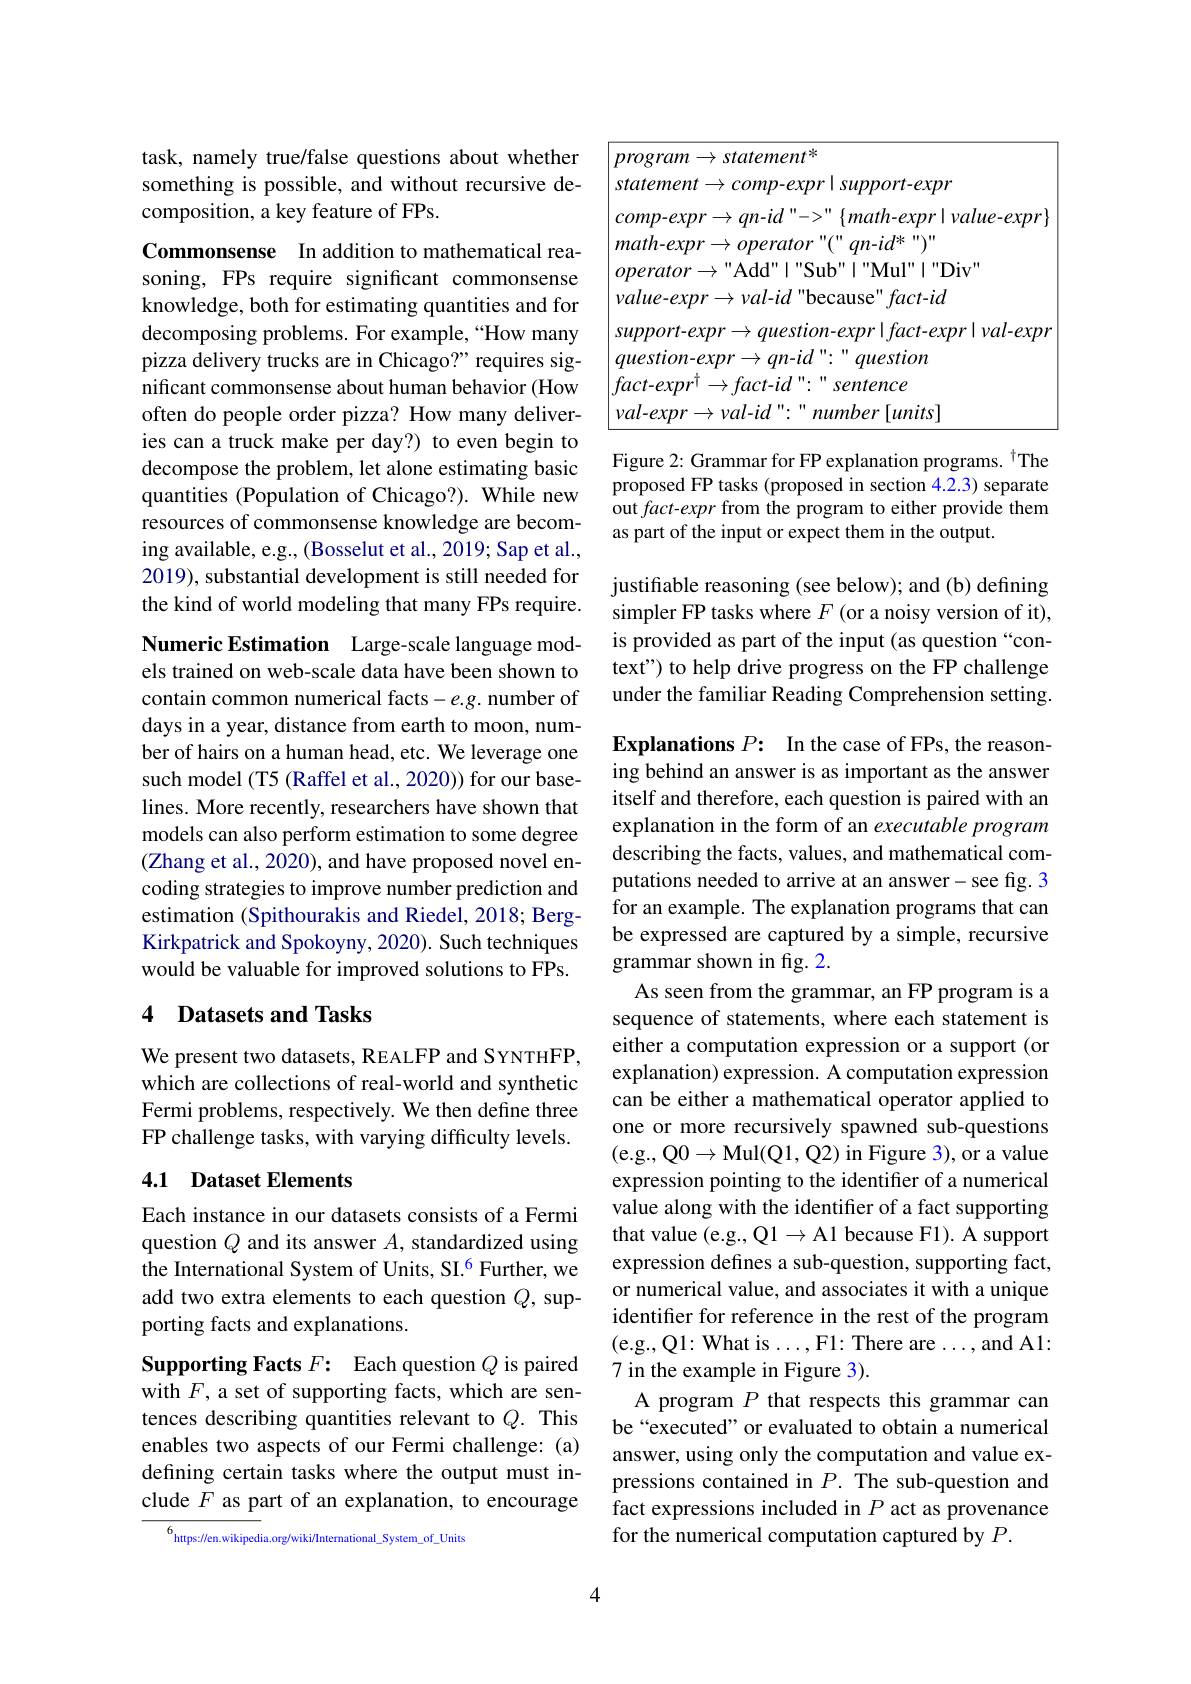
task, namely true/false questions about whether something is possible, and without recursive decomposition, a key feature of FPs.

Commonsense In addition to mathematical reasoning, FPs require significant commonsense knowledge, both for estimating quantities and for decomposing problems. For example,“How many pizza delivery trucks are in Chicago?" requires significant commonsense about human behavior (How often do people order pizza? How many deliveries can a truck make per day?) to even begin to decompose the problem, let alone estimating basic quantities (Population of Chicago?). While new resources of commonsense knowledge are becoming available, e.g., (Bosselut et al., 2019; Sap et al., 2019), substantial development is still needed for the kind of world modeling that many FPs require. Numeric Estimation Large-scale language models trained on web-scale data have been shown to contain common numerical facts-e.g. number of days in a year, distance from earth to moon, number of hairs on a human head, etc. We leverage one such model (T5 (Raffel et al., 2020)) for our baselines. More recently, researchers have shown that models can also perform estimation to some degree (Zhang et al., 2020), and have proposed novel encoding strategies to improve number prediction and estimation (Spithourakis and Riedel, 2018; BergKirkpatrick and Spokoyny, 2020). Such techniques would be valuable for improved solutions to FPs.

## 4 Datasets and Tasks

We present two datasets, REALFP and SYNTHFP, which are collections of real-world and synthetic Fermi problems, respectively. We then define three FP challenge tasks, with varying difficulty levels.

## 4.1 Dataset Elements

Each instance in our datasets consists of a Fermi question $Q$ and its answer $A$, standardized using the International System of Units, SI.$^{6}$ Further, we add two extra elements to each question $Q$, supporting facts and explanations.
Supporting Facts $F{: }$ Each question $Q$ is paired with $F$, a set of supporting facts, which are sentences describing quantities relevant to $Q.$ This enables two aspects of our Fermi challenge: (a) defining certain tasks where the output must include $F$ as part of an explanation, to encourage

$^{6}$https://en.wikipedia.org/wiki/International\_System\_of\_Units

4

<table>
	<tbody>
		<tr>
			<td> </td>
			<td>$\textit{vrogram}\to \textit{statement}^{* }$</td>
			<td>$\rightarrow statement^{\ast}$</td>
		</tr>
		<tr>
			<td> </td>
			<td>$statement\to comp-$ $2XDI$</td>
			<td>$\rightarrow comp$-$expr|support$-expr</td>
		</tr>
		<tr>
			<td> </td>
			<td>$l^{\prime\prime}->$ $comp-expr\to qn-ld$</td>
			<td>$\rightarrow qn-id$"''$->"\{math-expr|value-expr\}$</td>
		</tr>
		<tr>
			<td> </td>
			<td>math-expr$\to operator$</td>
			<td>$\rightarrow operator~"(~^{\prime\prime}~qn-id^{*}~^{\prime\prime})"$</td>
		</tr>
		<tr>
			<td> </td>
			<td>$operator\to"$Add" T"Su</td>
			<td>$\to$ " Add" | " Sub" | " Mul" | " Div" </td>
		</tr>
		<tr>
			<td> </td>
			<td>$value-expr\to val-id$"be</td>
			<td>$^{\cdot}\to val-id^{\prime\prime}$because" fact-id</td>
		</tr>
		<tr>
			<td> </td>
			<td>$support-expr\to question$</td>
			<td>$pr\to question-expr|fact-expr|val-expr$</td>
		</tr>
		<tr>
			<td> </td>
			<td>$question-expr$ $\rightarrow$ $qn-id$ </td>
			<td>question $xpr\to qn-id$</td>
		</tr>
		<tr>
			<td> </td>
			<td>$fact-expr^{\dagger}$ $\rightarrow fact-id$</td>
			<td>$\rightarrow fact-id^{\prime\prime.}$ sentence</td>
		</tr>
		<tr>
			<td> </td>
			<td>$val-expr\to val-id$ $n.$</td>
			<td>$number\left[units\right]$ $\rightarrow\nu al-id^{\prime\prime}.$</td>
		</tr>
	</tbody>
</table>

Figure 2: Grammar for FP explanation programs. $^{\dagger}$The proposed FP tasks (proposed in section 4.2.3) separate out fact-expr from the program to either provide them as part of the input or expect them in the output.

justifiable reasoning (see below); and (b) defining simpler FP tasks where $F$ (or a noisy version of it), is provided as part of the input (as question “context") to help drive progress on the FP challenge under the familiar Reading Comprehension setting.

Explanations $P{: }$ In the case of FPs, the reasoning behind an answer is as important as the answer itself and therefore, each question is paired with an explanation in the form of an executable program describing the facts, values, and mathematical computations needed to arrive at an answer- see fig. 3 for an example. The explanation programs that can be expressed are captured by a simple, recursive grammar shown in fig. 2.
As seen from the grammar, an FP program is a sequence of statements, where each statement is either a computation expression or a support (or explanation) expression. A computation expression can be either a mathematical operator applied to one or more recursively spawned sub-questions (e.g., Q$0\to$Mul(Q1, Q2) in Figure 3), or a value expression pointing to the identifier of a numerical value along with the identifier of a fact supporting that value (e.g., Q1$\to$A1 because F1). A support expression defines a sub-question, supporting fact, or numerical value, and associates it with a unique identifier for reference in the rest of the program (e.g.,Q1: What is...,F1: There are..., and A1: 7 in the example in Figure 3).
A program $P$ that respects this grammar can be“executed” or evaluated to obtain a numerical answer, using only the computation and value expressions contained in $P.$ The sub-question and fact expressions included in $P$ act as provenance for the numerical computation captured by $P.$